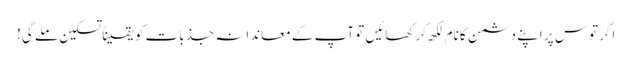
اگر توس پر اپنے دشمن کا نام لکھ کر کھائیں تو آپ کے معاندانہ جذبات کو یقیناً تسکین ملے گی!